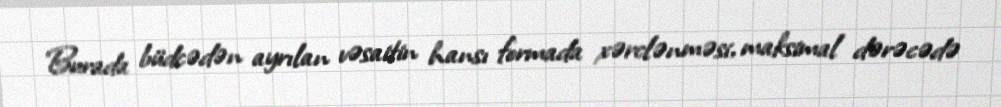
Burada büdcədən ayrılan vəsaitin hansı formada xərclənməsi, maksimal dərəcədə